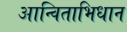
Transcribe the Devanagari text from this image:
आन्विताभिधान